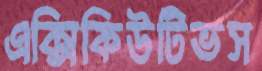
এক্সিকিউটিভস